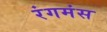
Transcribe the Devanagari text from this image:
रंगमंस